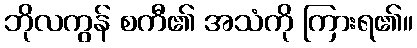
ဘိုလကွန် စကီ၏ အသံကို ကြားရ၏။